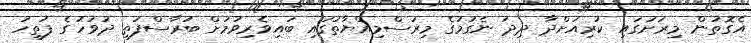
އެގޮތުން މިރަށުގައި ކުރިއަށްދާ ދިދަ ނެގުމުގެ މިރަސްމިއްޔާތުގައި ބައިވެރިވުމަށް ބުރާސްފަތި ދުވަހުގެ ފަތިހު